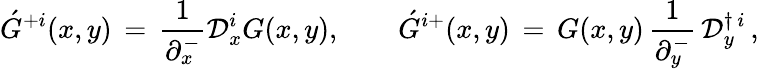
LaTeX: \acute{G}^{+i}(x,y)\, =\, {\frac{1}{\partial_{x}^{-}}}{\cal D}_{x}^{i}G(x,y),\qquad\acute{G}^{i+}(x,y)\, =\, G(x,y)\, {\frac{1}{\partial_{y}^{-}}}\, {\cal D}_{y}^{\dagger\, i}\, ,